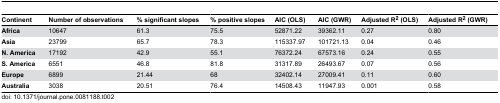
<table><thead><tr><td><b>Continent</b></td><td><b>Number of observations</b></td><td><b>% significant slopes</b></td><td><b>% positive slopes</b></td><td><b>AIC (OLS)</b></td><td><b>AIC (GWR)</b></td><td><b>Adjusted R<sup>2</sup> (OLS)</b></td><td><b>Adjusted R<sup>2</sup> (GWR)</b></td></tr></thead><tbody><tr><td><b>Africa</b></td><td>10647</td><td>61.3</td><td>75.5</td><td>52871.22</td><td>39362.11</td><td>0.27</td><td>0.80</td></tr><tr><td><b>Asia</b></td><td>23799</td><td>65.7</td><td>78.3</td><td>115337.97</td><td>101721.13</td><td>0.04</td><td>0.46</td></tr><tr><td><b>N. America</b></td><td>17192</td><td>42.9</td><td>55.1</td><td>76372.24</td><td>67573.16</td><td>0.24</td><td>0.55</td></tr><tr><td><b>S. America</b></td><td>6551</td><td>46.8</td><td>81.8</td><td>31317.89</td><td>26493.67</td><td>0.07</td><td>0.56</td></tr><tr><td><b>Europe</b></td><td>6899</td><td>21.44</td><td>68</td><td>32402.14</td><td>27009.41</td><td>0.11</td><td>0.60</td></tr><tr><td><b>Australia</b></td><td>3038</td><td>20.51</td><td>76.4</td><td>14508.43</td><td>11947.93</td><td>0.001</td><td>0.58</td></tr></tbody></table>